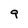
Character: 9